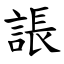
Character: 䛫